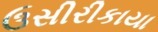
ઉસીરીકાયા